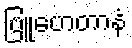
ဗြူဟေတာနံ